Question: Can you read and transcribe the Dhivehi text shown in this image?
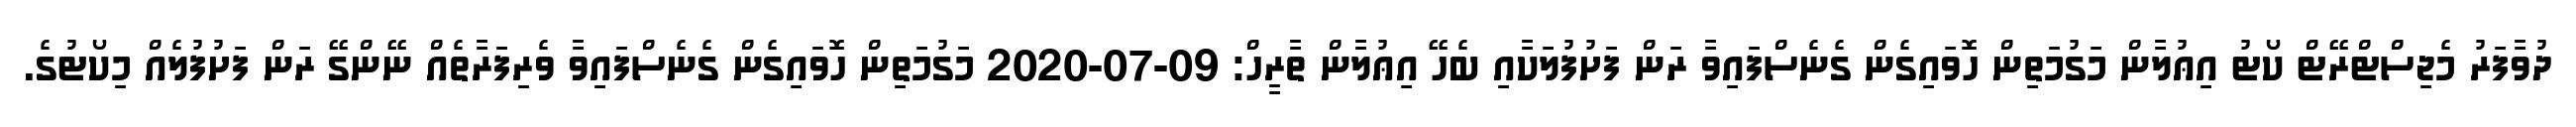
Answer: ދުވާފަރު މެޖިސްޓްރޭޓް ކޯޓު އިޢުލާން މަގުމަތިން ހޮވައިގެން ގެނެސްފައިވާ ރަން ފަށުފުލަކާއި ބެހޭ އިޢުލާން ތާރީހް: 09-07-2020 މަގުމަތިން ހޮވައިގެން ގެނެސްފައިވާ ވެރިފަރާތެއް ނޭންގޭ ރަން ފަށުފުލެއް މިކޯޓުގެ.